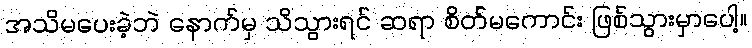
အသိမပေးခဲ့ဘဲ နောက်မှ သိသွားရင် ဆရာ စိတ်မကောင်း ဖြစ်သွားမှာပေါ့။